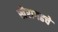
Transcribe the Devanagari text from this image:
खैरागढचे